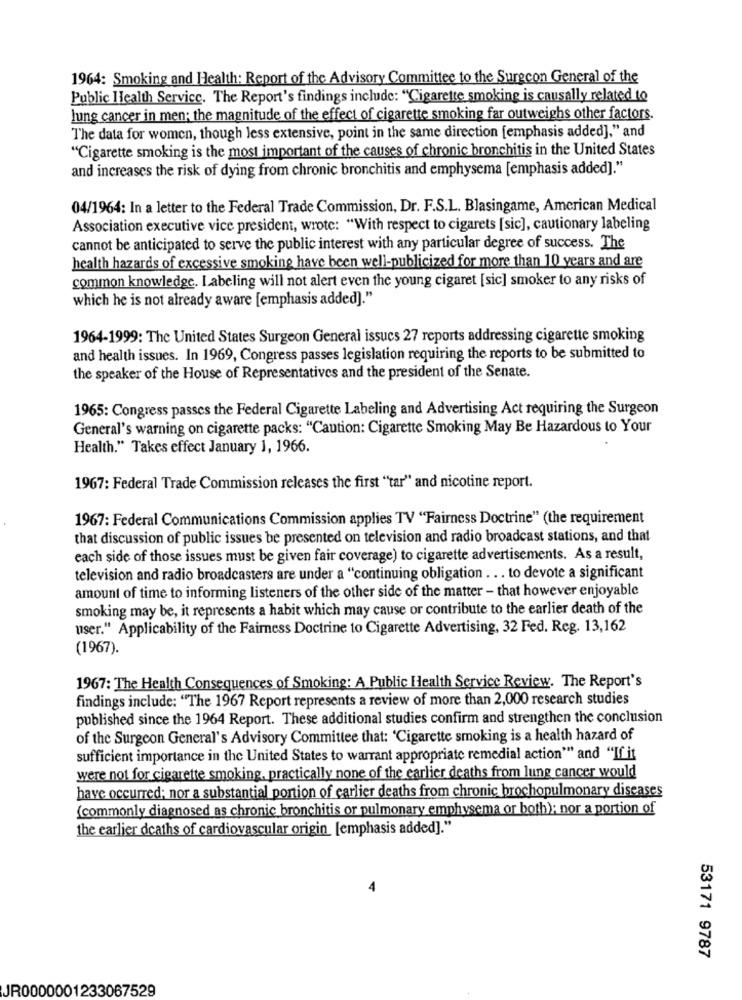
1964: Smoking and Health: Report of the Advisory Committee to the Surecon General of the
Public Health Service. The Report's findings include: "Cigarette smoking is causally related to
lung cancer in men; the magnitude of the effect of cigarette smoking far outweighs other factors.
The data for women, though less extensive, point in the same direction [emphasis added]," and
"Cigarette smoking is the most important of the causes of chronic bronchitis in the United States
and increases the risk of dying from chronic bronchitis and emphysema [emphasis added]."
04/1964: In a letter to the Federal Trade Commission, Dr. F.S.L. Blasingame, American Medical
Association executive vice president, wrote: "With respect to cigarets [sic], cautionary labeling
cannot be anticipated to serve the public interest with any particular degree of success. The
health hazards of excessive smoking have been well-publicized for more than 10 years and are
common knowledge. Labeling will not alert even the young cigaret [sic] smoker to any risks of
which he is not already aware [emphasis added)."
1964-1999: The United States Surgeon General issucs 27 reports addressing cigarette smoking
and health issues. In 1969, Congress passes legislation requiring the reports to be submitted to
the speaker of the House of Representatives and the president of the Senate.
1965: Congress passes the Federal Cigarette Labeling and Advertising Act requiring the Surgeon
General's warning on cigarette packs: "Caution: Cigarette Smoking May Be Hazardous to Your
Health." Takes effect January 1, 1966.
1967: Federal Trade Commission releases the first "tar" and nicotine report.
1967: Federal Communications Commission applies TV "Fairness Doctrine" (the requirement
that discussion of public issues be presented on television and radio broadcast stations, and that
each side of those issues must be given fair coverage) to cigarette advertisements. As a result,
television and radio broadcasters are under a "continuing obligation ... to devote a significant
amount of time to informing listeners of the other side of the matter - that however enjoyable
smoking may be, it represents a habit which may cause or contribute to the earlier death of the
user." Applicability of the Fairness Doctrine to Cigarette Advertising, 32 Fed. Reg. 13,162
(1967).
1967: The Health Consequences of Smoking: A Public Health Service Review. The Report's
findings include: "The 1967 Report represents a review of more than 2,000 research studies
published since the 1964 Report. These additional studies confirm and strengthen the conclusion
of the Surgeon General's Advisory Committee that: 'Cigarette smoking is a health hazard of
sufficient importance in the United States to warrant appropriate remedial action"" and "If it
were not for cigarette smoking, practically none of the earlier deaths from lung cancer would
have occurred; nor a substantial portion of earlier deaths from chronic brochopulmonary diseases
(commonly diagnosed as chronic bronchitis or pulmonary emphysema or both); nor a portion of
the earlier deaths of cardiovascular origin [emphasis added]."
53171 9787
JR0000001233067529